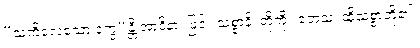
“သံကိလေသော ဒုက္ခ”န္တိ အာဒိနာ၊ ဖြင့်။ သစ္စာနိ၊ တို့ကို။ တေသံ၊ ထိုသစ္စာတို့၏။